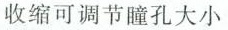
收缩可调节瞳孔大小